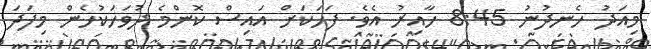
މިއަދު ހެނދުނު 8:45 ހާއިރު އެވެ. ފަހަކަށް އައިސް ކޮންމެ ދުވަހަކުހެން މިފަދަ